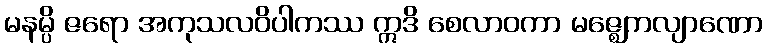
မနမ္ပိ ဇရော အကုသလဝိပါကဿ ဣဒိ စေလာဝကာ မဇ္ဈေကလျာဏော